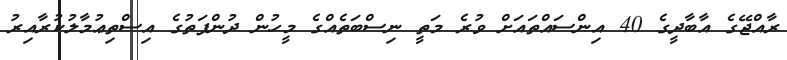
ރާއްޖޭގެ އާބާދީގެ 40 އިންސައްތައަށް ވުރެ މަތީ ނިސްބަތެއްގެ މީހުން ދުންފަތުގެ އިސްތިޢުމާލުކުރާއިރު